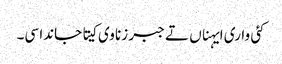
کئی واری ایہناں تے جبر زنا وی کیتا جاندا سی۔